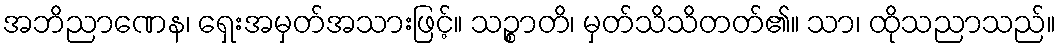
အဘိညာဏေန၊ ရှေးအမှတ်အသားဖြင့်။ သဉ္စာတိ၊ မှတ်သိသိတတ်၏။ သာ၊ ထိုသညာသည်။